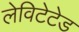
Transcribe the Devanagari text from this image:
लेविटेटेड